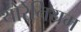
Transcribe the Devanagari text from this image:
थोरेनियम